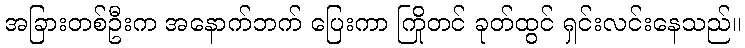
အခြားတစ်ဦးက အနောက်ဘက် ပြေးကာ ကြိုတင် ခုတ်ထွင် ရှင်းလင်းနေသည်။